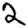
Digit: 2